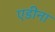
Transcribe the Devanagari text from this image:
एडीना